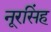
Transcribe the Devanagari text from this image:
नूरसिंह